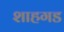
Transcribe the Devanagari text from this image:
शाहगड